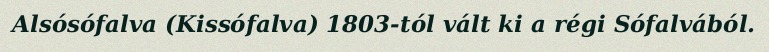
Alsósófalva (Kissófalva) 1803-tól vált ki a régi Sófalvából.